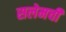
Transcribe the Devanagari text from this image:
सलेमची